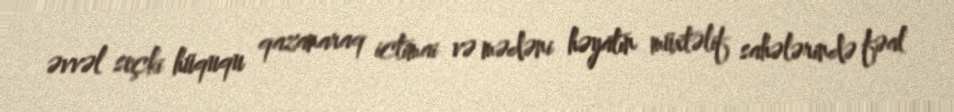
əvvəl seçki hüququ qazanaraq ictimai və mədəni həyatın müxtəlif sahələrində fəal